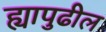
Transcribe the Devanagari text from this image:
ह्यापुढील